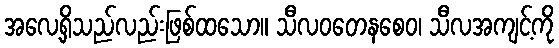
အလေ့ရှိသည်လည်းဖြစ်ထသော။ သီလဝတေနစေဝ၊ သီလအကျင့်ကို